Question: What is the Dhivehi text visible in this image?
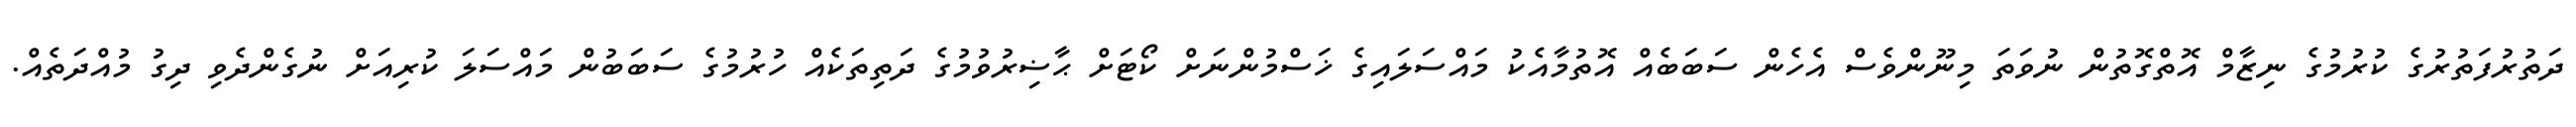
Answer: ދަތުރުފަތުރުގެ ކުރުމުގެ ނިޒާމް އޮތްގޮތުން ނުވަތަ މިނޫންވެސް އެހެން ސަބަބެއް އޮތުމާއެކު މައްސަލައިގެ ޚަސްމުންނަށް ކޯޓަށް ޙާޟިރުވުމުގެ ދަތިތަކެއް ހުރުމުގެ ސަބަބުން މައްސަލަ ކުރިއަށް ނުގެންދެވި ދިގު މުއްދަތެއް.